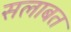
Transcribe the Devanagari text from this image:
सलाबत